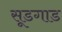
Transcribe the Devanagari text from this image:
सूडगाड